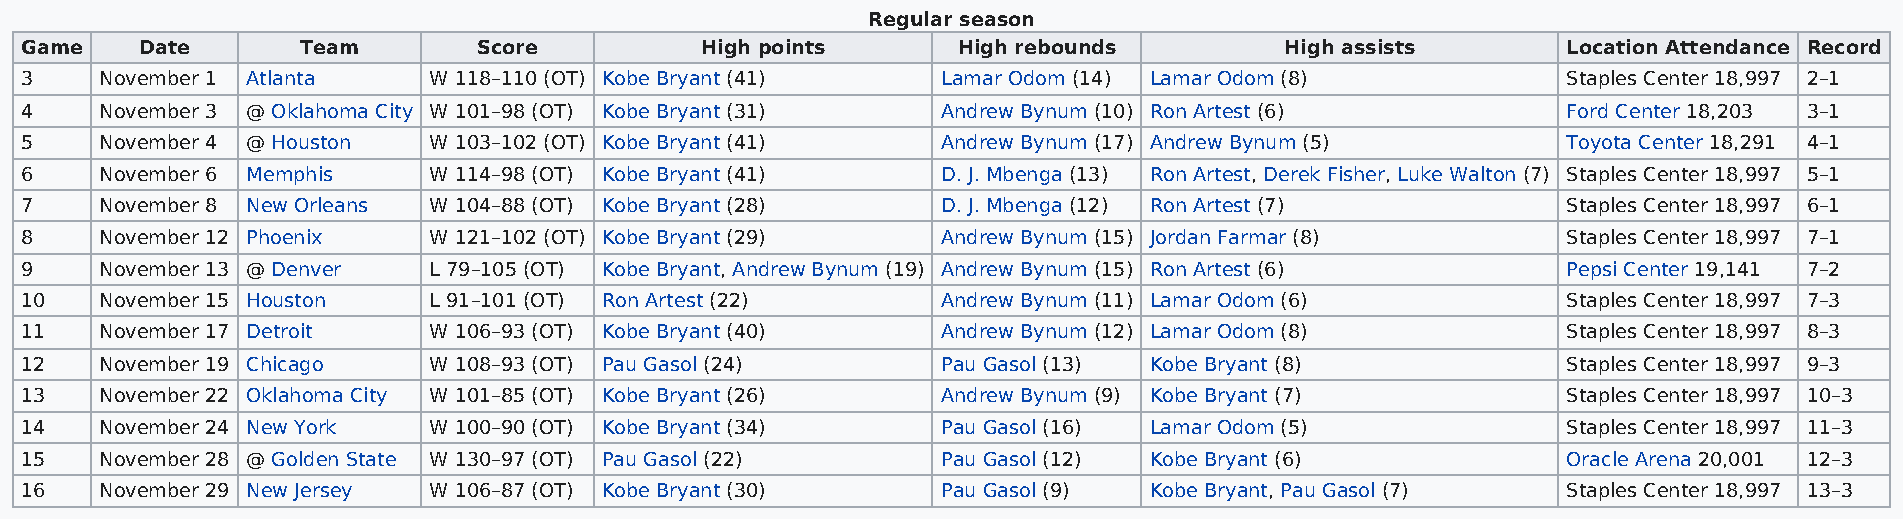
Regular season
 Game    Date       Team        Score         High points      High rebounds         High assists       Location Attendance Record
 3     November 1 Atlanta   W 118–110 (OT) Kobe Bryant (41)   Lamar Odom (14) Lamar Odom (8)            Staples Center 18,997 2–1
 4     November 3 @ Oklahoma City W 101–98 (OT) Kobe Bryant (31) Andrew Bynum (10) Ron Artest (6)       Ford Center 18,203 3–1
 5     November 4 @ Houston W 103–102 (OT) Kobe Bryant (41)   Andrew Bynum (17) Andrew Bynum (5)        Toyota Center 18,291 4–1
 6     November 6 Memphis   W 114–98 (OT) Kobe Bryant (41)    D. J. Mbenga (13) Ron Artest, Derek Fisher, Luke Walton (7) Staples Center 18,997 5–1
 7     November 8 New Orleans W 104–88 (OT) Kobe Bryant (28)  D. J. Mbenga (12) Ron Artest (7)          Staples Center 18,997 6–1
 8     November 12 Phoenix  W 121–102 (OT) Kobe Bryant (29)   Andrew Bynum (15) Jordan Farmar (8)       Staples Center 18,997 7–1
 9     November 13 @ Denver L 79–105 (OT) Kobe Bryant, Andrew Bynum (19) Andrew Bynum (15) Ron Artest (6) Pepsi Center 19,141 7–2
 10    November 15 Houston  L 91–101 (OT) Ron Artest (22)     Andrew Bynum (11) Lamar Odom (6)          Staples Center 18,997 7–3
 11    November 17 Detroit  W 106–93 (OT) Kobe Bryant (40)    Andrew Bynum (12) Lamar Odom (8)          Staples Center 18,997 8–3
 12    November 19 Chicago  W 108–93 (OT) Pau Gasol (24)      Pau Gasol (13) Kobe Bryant (8)            Staples Center 18,997 9–3
 13    November 22 Oklahoma City W 101–85 (OT) Kobe Bryant (26) Andrew Bynum (9) Kobe Bryant (7)        Staples Center 18,997 10–3
 14    November 24 New York W 100–90 (OT) Kobe Bryant (34)    Pau Gasol (16) Lamar Odom (5)             Staples Center 18,997 11–3
 15    November 28 @ Golden State W 130–97 (OT) Pau Gasol (22) Pau Gasol (12) Kobe Bryant (6)           Oracle Arena 20,001 12–3
 16    November 29 New Jersey W 106–87 (OT) Kobe Bryant (30)  Pau Gasol (9) Kobe Bryant, Pau Gasol (7)  Staples Center 18,997 13–3